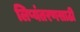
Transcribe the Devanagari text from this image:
लिप्यंतरणसाठी